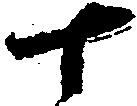
十